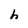
Character: h